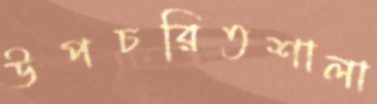
উপচরিতশালা